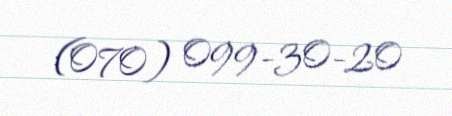
(070) 099-30-20